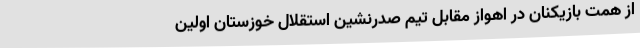
از همت بازیکنان در اهواز مقابل تیم صدرنشین استقلال خوزستان اولین